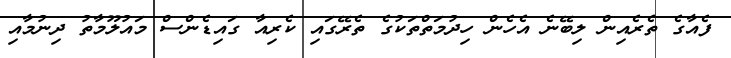
ފެއާގެ ތެރެއިން ލިބޭނެ އެހެން ހިދުމަތްތަކުގެ ތެރޭގައި ކެރިއާ ގައިޑެންސް މައުލޫމާތު ދިނުމާއި